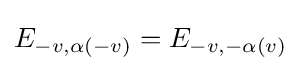
E_{-v,\alpha (-v)}=E_{-v,-\alpha (v)}